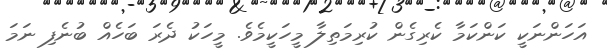
އަހަންނަކީ ކަންކަމާ ކެރިގެން ކުރިމަތިލާ މީހަކީމެވެ. މީހަކު ދެރަ ބަހެއް ބުނެފި ނަމަ